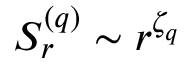
S _ { r } ^ { ( q ) } \sim r ^ { \zeta _ { q } }